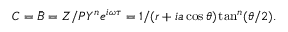
C = \bar { B } = Z / P Y ^ { n } e ^ { i \omega \tau } = 1 / ( r + i a \cos \theta ) \tan ^ { n } ( \theta / 2 ) .